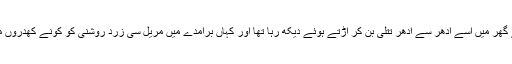
کہاں تو وہ تصور میں روشنیوں سے جھلملاتے گھر میں اسے اِدھر سے اُدھر تتلی بن کر اڑتے ہوئے دیکھ رہا تھا اور کہاں برآمدے میں مریل سی زرد روشنی کو کونے کھدروں میں پہنچانے کی کوشش کرتا ساٹھ پاور کا بلب۔